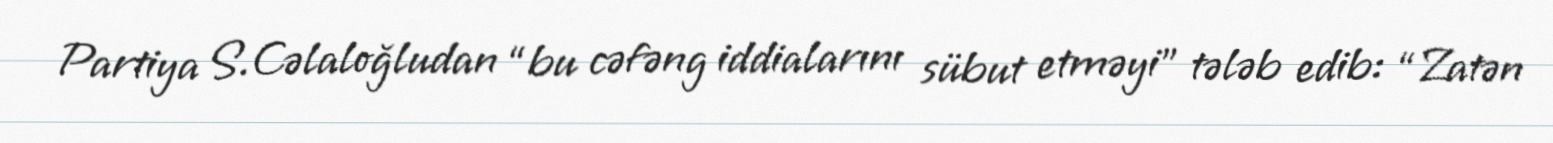
Partiya S.Cəlaloğludan “bu cəfəng iddialarını sübut etməyi” tələb edib: “Zatən